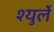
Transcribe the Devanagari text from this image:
श्युर्ले